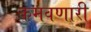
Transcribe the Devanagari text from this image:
कमवणारी